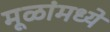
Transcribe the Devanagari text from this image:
मूळांमध्ये